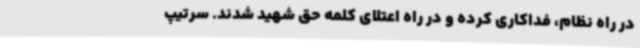
در راه نظام، فداکاری کرده و در راه اعتلای کلمه حق شهید شدند. سرتیپ